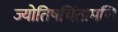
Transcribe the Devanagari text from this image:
ज्योतिषचिंतामणि